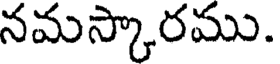
నమస్కారము.